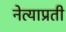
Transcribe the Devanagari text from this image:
नेत्याप्रती